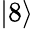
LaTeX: \lvert 8\rangle